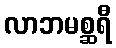
လာဘမစ္ဆရီ